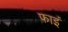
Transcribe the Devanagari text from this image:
फाइं